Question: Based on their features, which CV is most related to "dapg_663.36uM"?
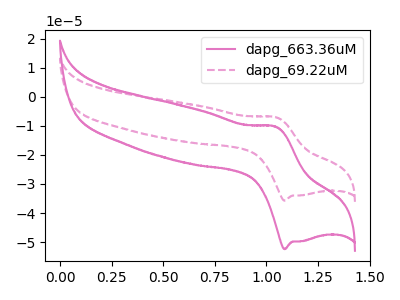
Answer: <think>The pink curve "dapg_663.36uM" has an anodic peak at (1.05V, -10.30uA) and a cathodic peak at (1.10V, -52.45uA). The pink dashed curve "dapg_69.22uM" has an anodic peak at (1.05V, -7.00uA) and a cathodic peak at (1.10V, -35.75uA).
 All the peaks in "dapg_663.36uM" have a peak in "dapg_69.22uM" at the same potential.</think>
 <answer>The CV with the most similar shape to "dapg_69.22uM" is "dapg_663.36uM".</answer>
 <eval>"dapg_663.36uM"</eval>